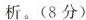
析。(8 分)